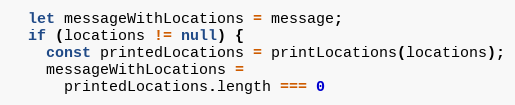
Language: JavaScript
  let messageWithLocations = message;
  if (locations != null) {
    const printedLocations = printLocations(locations);
    messageWithLocations =
      printedLocations.length === 0